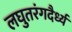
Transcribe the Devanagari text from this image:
लघुतरंगदैर्ध्य